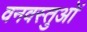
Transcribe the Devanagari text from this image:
वनवस्तुओं